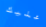
عليك